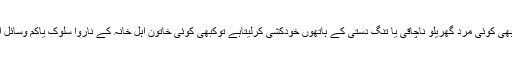
ہرروزاخبارات میں خودکشیوں کی خبریں شائع ہوتی ہیں کبھی کوئی مرد گھریلو ناچاقی یا تنگ دستی کے ہاتھوں خودکشی کرلیتاہے توکبھی کوئی خاتون اہل خانہ کے ناروا سلوک یاکم وسائل اورزیادہ اخراجات سے پریشان ہوکر خودکشی کرلیتی ہے ۔